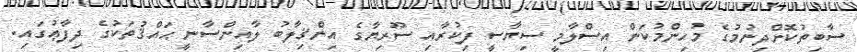
ސާބިތުކޮށްދިނުމުގެ މުހިންމުކަން އިސްލާމީ ސިޔާސީ ފިކުރާއި ސޫރިޔާގެ އިންޤިލާބު ލާއިންސާނީ ޙައްޤުތަކުގެ ދިފާޢުގައި.